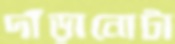
দাঁড়ানোটা